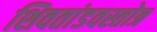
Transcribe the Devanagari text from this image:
शिवतांडवस्तोत्र